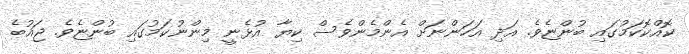
ކޮއްކޮކަމުގައި ބުންޏެވެ. އަދި އަހަންނަށް އެންމެންވެސް ކިޔާ އުޅެނީ މިންނުކަމުގައި ބުންޏެވެ. ޖައުބެ